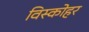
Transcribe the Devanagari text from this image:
विस्कोहर